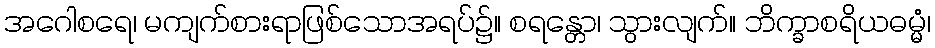
အဂေါစရေ၊ မကျက်စားရာဖြစ်သောအရပ်၌။ စရန္တော၊ သွားလျက်။ ဘိက္ခာစရိယဓမ္မံ၊